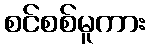
စင်စစ်မူကား